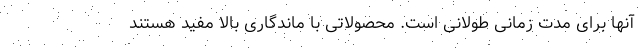
آنها برای مدت زمانی طولانی است. محصولاتی با ماندگاری بالا مفید هستند